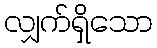
လျှက်ရှိသော